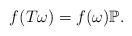
LaTeX: \begin{align*}f(T\omega)=f(\omega) {\mathbb P}.\end{align*}